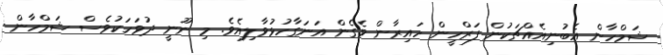
ޝަމްހާން އެބުނިއެއްޗަކުން ފަރްހީން ހައިރާން ވެގެން އަނަގާހުޅުވާލިއެވެ. މި ނޫނީ ދުވަހަކުވެސް ޝަމްހާން